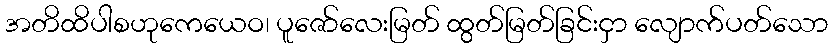
အတိထိပါစဟုကေယေဝ၊ ပူဇော်လေးမြတ် ထွတ်မြတ်ခြင်းငှာ လျောက်ပတ်သော